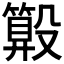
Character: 𣫑